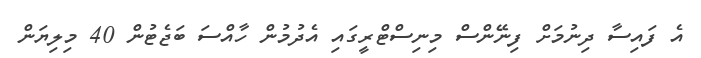
އެ ފައިސާ ދިނުމަށް ފިނޭންސް މިނިސްޓްރީގައި އެދުމުން ހާއްސަ ބަޖެޓުން 40 މިލިޔަން